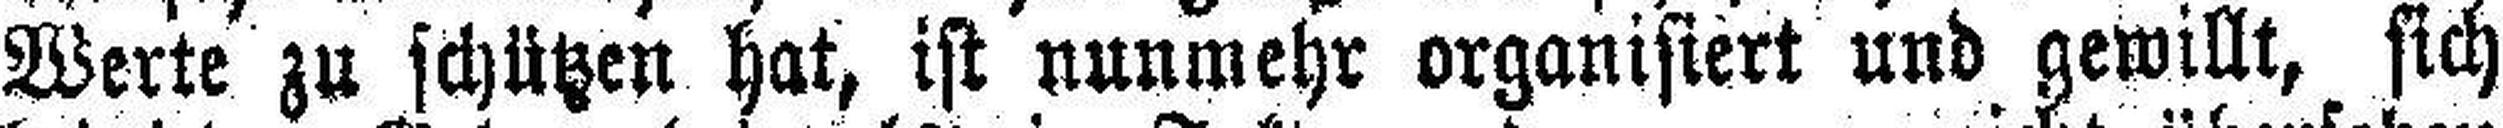
Werte zu schützen hat, ist nunmehr organisiert und gewillt, sich